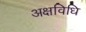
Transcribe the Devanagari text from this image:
अक्षविधि